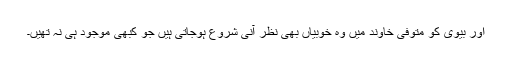
اور بیوی کو متوفی خاوند میں وہ خوبیاں بھی نظر آنی شروع ہوجاتی ہیں جو کبھی موجود ہی نہ تھیں۔